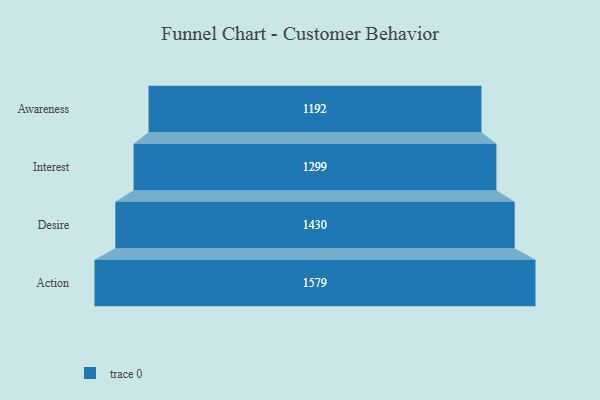
{"axis": {"x": "Stage", "y": "Value"}, "legend": [""], "data": [{"x": "Awareness", "y": 1192.0, "type": ""}, {"x": "Interest", "y": 1299.0, "type": ""}, {"x": "Desire", "y": 1430.0, "type": ""}, {"x": "Action", "y": 1579.0, "type": ""}]}